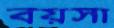
বয়সা